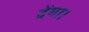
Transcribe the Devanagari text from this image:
देंगा।